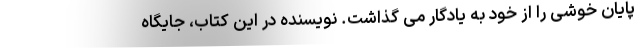
پایان خوشی را از خود به یادگار می گذاشت. نویسنده در این کتاب، جایگاه